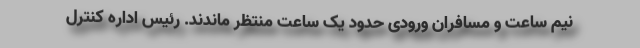
نیم ساعت و مسافران ورودی حدود یک ساعت منتظر ماندند. رئیس اداره کنترل